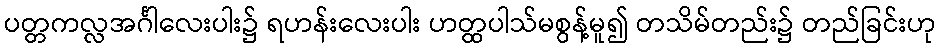
ပတ္တကလ္လအင်္ဂါလေးပါး၌ ရဟန်းလေးပါး ဟတ္ထပါသ်မစွန့်မူ၍ တသိမ်တည်း၌ တည်ခြင်းဟု